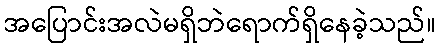
အပြောင်းအလဲမရှိဘဲရောက်ရှိနေခဲ့သည်။